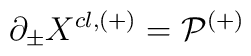
\partial_{\pm} X^{cl,(+)} = {\cal P^{(+)}}